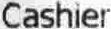
CASHIER